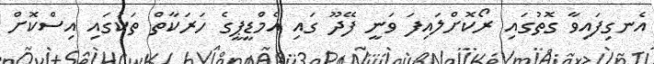
އެނގިފައިވާ ގޮތުގައި ރޯކޮށްލައިފަ ވަނީ ފޭދޫ ގައި އެމްޑީޕީގެ ހަރަކާތް ތަކުގައި އިސްކޮށް